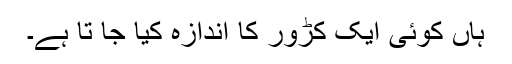
ہاں کوئی ایک کڑور کا اندازہ کیا جا تا ہے۔